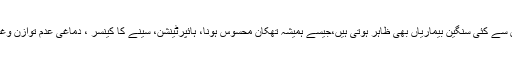
اگر روشنی کی آلودگی کے منفی نتائج کو مجموعی طور پر دیکھا جائے تو اس سے کئی سنگین بیماریاں بھی ظاہر ہوتی ہیں،جیسے ہمیشہ تھکان محسوس ہونا، ہائپرٹینشن، سینے کا کینسر ، دماغی عدم توازن وغیرہ، رات میں تیز روشنی ہارمون سسٹم میں بھی خرابی کا باعث بن سکتی ہے۔